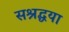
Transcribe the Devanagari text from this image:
सश्रद्धया